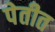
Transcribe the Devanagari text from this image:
पेतीत